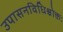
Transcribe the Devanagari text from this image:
उपासनविधिश्चोक्तः